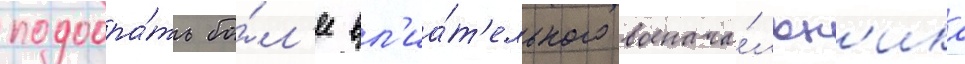
подобра́ть бо́л'ее вл'иа́т'ельного военача́льн'ика